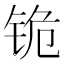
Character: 𰽺